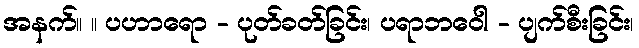
အနက်။ ။ ပဟာရော - ပုတ်ခတ်ခြင်း၊ ပရာဘဝေါ - ပျက်စီးခြင်း၊